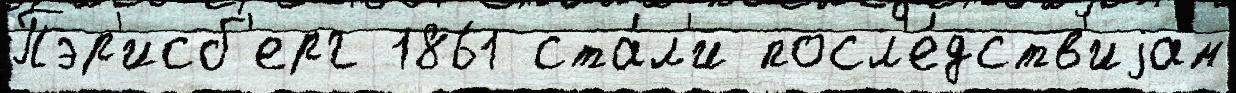
Пэр'исб'ерг 1861 ста́л'и посл'е́дств'иjам